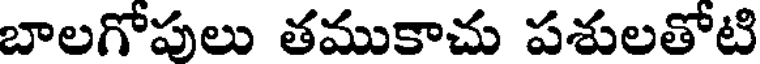
బాలగోపులు తముకాచు పశులతోటి